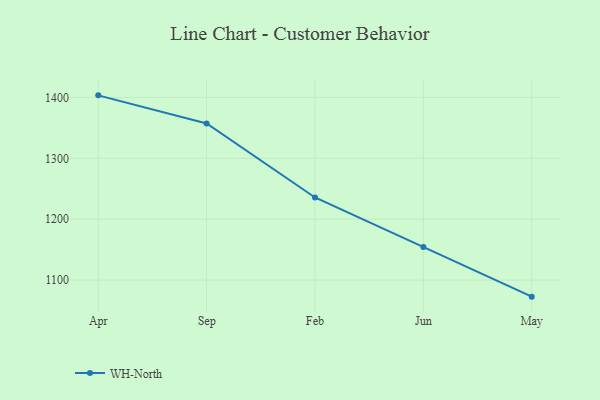
{"axis": {"x": "Month", "y": "Website Visitors"}, "legend": ["WH-North"], "data": [{"x": "Apr", "y": 1403.4, "type": "WH-North"}, {"x": "Sep", "y": 1357.3, "type": "WH-North"}, {"x": "Feb", "y": 1235.7, "type": "WH-North"}, {"x": "Jun", "y": 1154.4, "type": "WH-North"}, {"x": "May", "y": 1072.8, "type": "WH-North"}]}